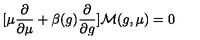
[ \mu { \frac { \partial } { \partial \mu } } + \beta ( g ) { \frac { \partial } { \partial g } } ] { \cal M } ( g , \mu ) = 0